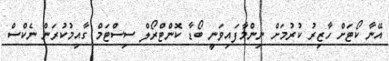
އޭނާ ކޯޓަށް ހާޒިރު ކުރުމަށް ނިންމާފައިވަނީ ބޯޑާ ކޮންޓްރޯލް ސިސްޓަމް ގާއިމުކުރަން ނެކްސް